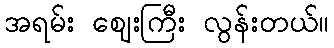
အရမ်း ဈေးကြီး လွန်းတယ်။